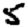
Digit: 5